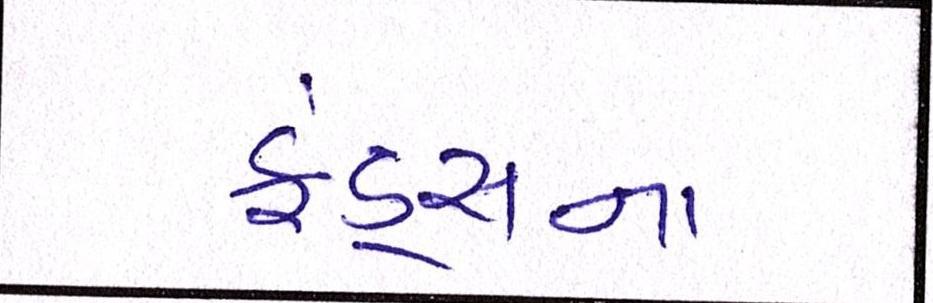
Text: ફંડ્સના